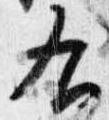
右